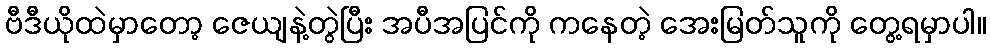
ဗီဒီယိုထဲမှာတော့ ဇေယျနဲ့တွဲပြီး အပီအပြင်ကို ကနေတဲ့ အေးမြတ်သူကို တွေ့ရမှာပါ။